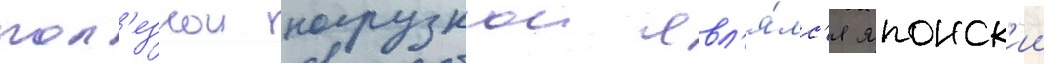
пол'езнои нагрузкои явл'я́лс'я японск'ии